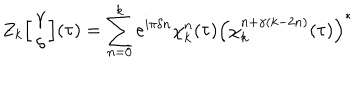
LaTeX: Z _ { k } \Big [ \begin{array} { c } { { \gamma } } \\ { { \delta } } \\ \end{array} \Big ] ( \tau ) = \sum _ { n = 0 } ^ { k } e ^ { i \pi \delta n } \chi _ { k } ^ { n } ( \tau ) \left( \chi _ { k } ^ { n + \gamma ( k - 2 n ) } ( \tau ) \right) ^ { * }